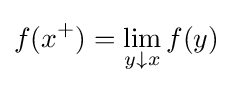
f(x^{+})=\lim \limits _{y\downarrow x}f(y)